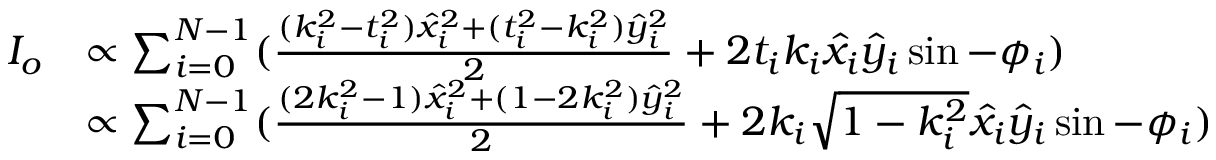
\begin{array} { r l } { I _ { o } } & { \propto \sum _ { i = 0 } ^ { N - 1 } ( \frac { ( k _ { i } ^ { 2 } - t _ { i } ^ { 2 } ) \hat { x } _ { i } ^ { 2 } + ( t _ { i } ^ { 2 } - k _ { i } ^ { 2 } ) \hat { y } _ { i } ^ { 2 } } { 2 } + 2 t _ { i } k _ { i } \hat { x } _ { i } \hat { y } _ { i } \sin - \phi _ { i } ) } \\ & { \propto \sum _ { i = 0 } ^ { N - 1 } ( \frac { ( 2 k _ { i } ^ { 2 } - 1 ) \hat { x } _ { i } ^ { 2 } + ( 1 - 2 k _ { i } ^ { 2 } ) \hat { y } _ { i } ^ { 2 } } { 2 } + 2 k _ { i } \sqrt { 1 - k _ { i } ^ { 2 } } \hat { x } _ { i } \hat { y } _ { i } \sin - \phi _ { i } ) } \end{array}